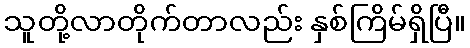
သူတို့လာတိုက်တာလည်း နှစ်ကြိမ်ရှိပြီ။